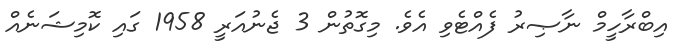
އިބްރާހީމް ނާޞިރު ފެއްޓެވި އެވެ. މިގޮތުން 3 ޖެނުއަރީ 1958 ގައި ކޮމިޝަނެއް